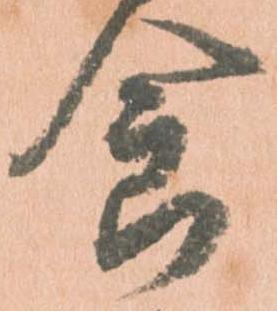
食